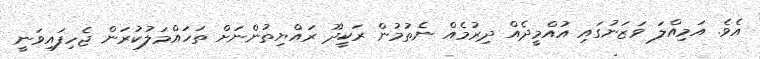
އެވެ. އަމިއްލަ ވަޒަނުގައި އުއްމީދެއް ދިރުމެއް ނެތުމުން ރަކީދޫ ރައްޔިތުންނަށް ތަހައްމަލުކުރަން ޖެހިފައިވަނީ